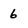
Character: 6